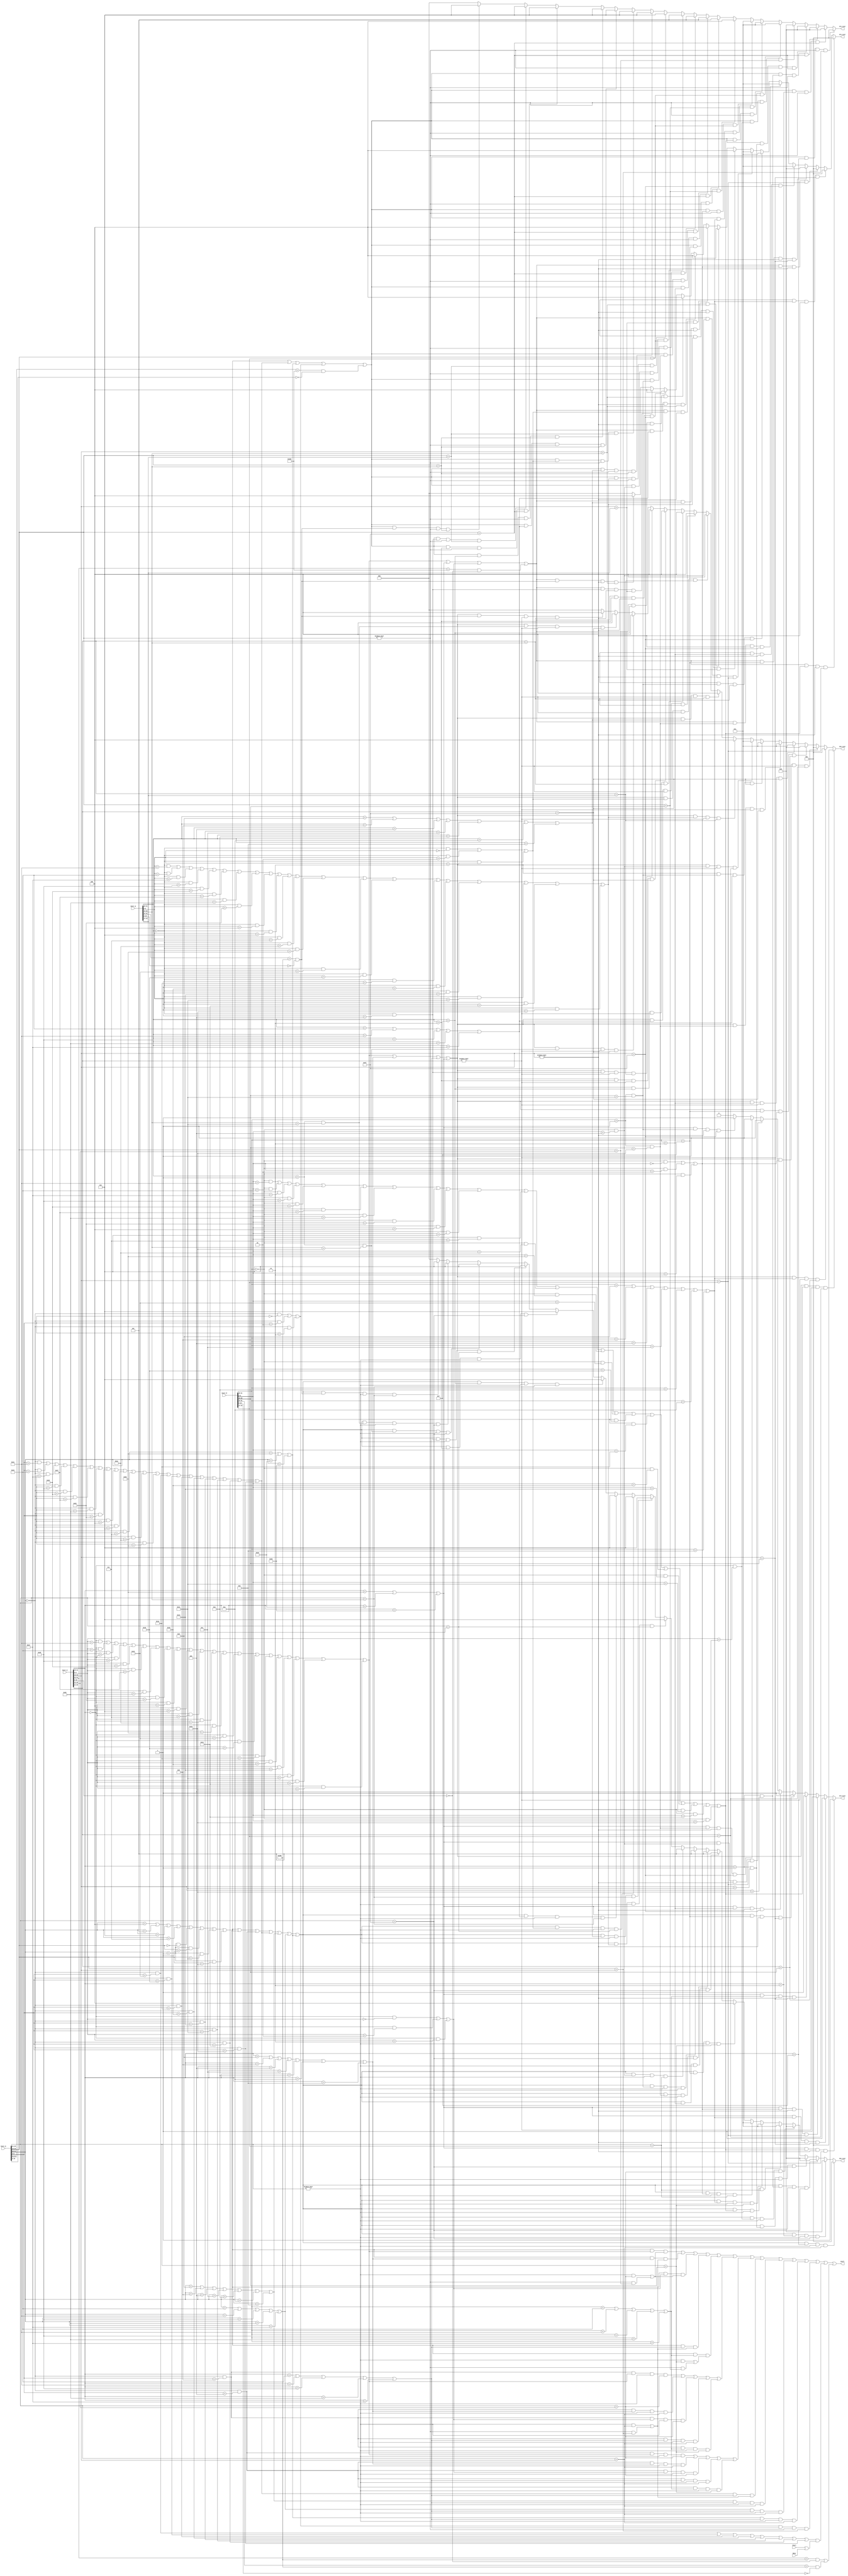
module HZD(
    input [31:0] Instr_D,
    input [31:0] Instr_E,
    input [31:0] Instr_M,
    input [31:0] Instr_W,
	input Busy,
	input Start,
    output [2:0] RS_D_Sel,
    output [2:0] RT_D_Sel,
    output [2:0] RS_E_Sel,
    output [2:0] RT_E_Sel,
	output RT_M_Sel,
    output Stall
);
    `define op 31:26
    `define funct 5:0
    `define imm26 25:0
    `define imm16 15:0
    `define rs 25:21
    `define rt 20:16
    `define rd 15:11
    `define s 10:6

	wire [5:0] Op_D = Instr_D[`op];
	wire [5:0] Funct_D = Instr_D[`funct];
	wire [4:0] rs_D = Instr_D[`rs];
	wire [4:0] rt_D = Instr_D[`rt];

	wire [5:0] Op_E = Instr_E[`op];
	wire [5:0] Funct_E = Instr_E[`funct];
	wire [4:0] rs_E = Instr_E[`rs];
	wire [4:0] rt_E = Instr_E[`rt];
	wire [4:0] rd_E = Instr_E[`rd];

	wire [5:0] Op_M = Instr_M[`op];
	wire [5:0] Funct_M = Instr_M[`funct];
	wire [4:0] rt_M = Instr_M[`rt];
	wire [4:0] rd_M = Instr_M[`rd];

	wire [5:0] Op_W = Instr_W[`op];
	wire [5:0] Funct_W = Instr_W[`funct];
	wire [4:0] rt_W = Instr_W[`rt];
	wire [4:0] rd_W = Instr_W[`rd];
	
	//D instructions
	wire addu_D = (Op_D == 6'b000000 & Funct_D == 6'b100001);
	wire subu_D = (Op_D == 6'b000000 & Funct_D == 6'b100011);
	wire ori_D = (Op_D == 6'b001101);
	wire lui_D = (Op_D == 6'b001111);
	wire j_D = (Op_D == 6'b000010);
	wire jal_D = (Op_D == 6'b000011);
	wire jr_D = (Op_D == 6'b000000 & Funct_D == 6'b001000);
	wire jalr_D = (Op_D == 6'b000000 & Funct_D == 6'b001001);
	wire and_D = (Op_D == 6'b000000 & Funct_D == 6'b100100);
	wire or_D = (Op_D == 6'b000000 & Funct_D == 6'b100101);
	wire xor_D = (Op_D == 6'b000000 & Funct_D == 6'b100110);
	wire nor_D = (Op_D == 6'b000000 & Funct_D == 6'b100111);
	wire add_D = (Op_D == 6'b000000 & Funct_D == 6'b100000);
	wire sub_D = (Op_D == 6'b000000 & Funct_D == 6'b100010);
	wire addi_D = (Op_D == 6'b001000);
	wire addiu_D = (Op_D == 6'b001001);
	wire andi_D = (Op_D == 6'b001100);
	wire xori_D = (Op_D == 6'b001110);
	wire beq_D = (Op_D == 6'b000100);
	wire bne_D = (Op_D == 6'b000101);
	wire blez_D = (Op_D == 6'b000110);
	wire bgtz_D = (Op_D == 6'b000111);
	wire bltz_D = (Op_D == 6'b000001 & rt_D == 5'b00000);
	wire bgez_D = (Op_D == 6'b000001 & rt_D == 5'b00001);
	wire bgezal_D = (Op_D == 6'b000001 && rt_D == 5'b10001);
	wire bltzal_D = (Op_D == 6'b000001 && rt_D == 5'b10000);
	wire sllv_D = (Op_D == 6'b000000 & Funct_D == 6'b000100);
	wire srlv_D = (Op_D == 6'b000000 & Funct_D == 6'b000110);
	wire srav_D = (Op_D == 6'b000000 & Funct_D == 6'b000111);
	wire sll_D = (Op_D == 6'b000000 & Funct_D == 6'b000000);
	wire srl_D = (Op_D == 6'b000000 & Funct_D == 6'b000010);
	wire sra_D = (Op_D == 6'b000000 & Funct_D == 6'b000011);
	wire slt_D = (Op_D == 6'b000000 & Funct_D == 6'b101010);
	wire sltu_D = (Op_D == 6'b000000 & Funct_D == 6'b101011);
	wire slti_D = (Op_D == 6'b001010);
	wire sltiu_D = (Op_D == 6'b001011);
	wire sw_D = (Op_D == 6'b101011);
	wire sh_D = (Op_D == 6'b101001);
	wire sb_D = (Op_D == 6'b101000);
	wire lw_D = (Op_D == 6'b100011);
	wire lh_D = (Op_D == 6'b100001);
	wire lhu_D = (Op_D == 6'b100101);
	wire lb_D = (Op_D == 6'b100000);
	wire lbu_D = (Op_D == 6'b100100);
	wire mult_D = (Op_D == 6'b000000 & Funct_D == 6'b011000);
	wire multu_D = (Op_D == 6'b000000 & Funct_D == 6'b011001);
	wire div_D = (Op_D == 6'b000000 & Funct_D == 6'b011010);
	wire divu_D = (Op_D == 6'b000000 & Funct_D == 6'b011011);
	wire mtlo_D = (Op_D == 6'b000000 & Funct_D == 6'b010011);
	wire mthi_D = (Op_D == 6'b000000 & Funct_D == 6'b010001);
	wire mflo_D = (Op_D == 6'b000000 & Funct_D == 6'b010010);
	wire mfhi_D = (Op_D == 6'b000000 & Funct_D == 6'b010000);
	wire mfc0_D = (Instr_D[31:21] == 11'b01000000000 && Instr_D[10:0] == 11'b00000000000);
	wire mtc0_D = (Instr_D[31:21] == 11'b01000000100 && Instr_D[10:0] == 11'b00000000000); 
	//E instructions
	wire addu_E = (Op_E == 6'b000000 & Funct_E == 6'b100001);
	wire subu_E = (Op_E == 6'b000000 & Funct_E == 6'b100011);
	wire ori_E = (Op_E == 6'b001101);
	wire lui_E = (Op_E == 6'b001111);
	wire j_E = (Op_E == 6'b000010);
	wire jal_E = (Op_E == 6'b000011);
	wire jr_E = (Op_E == 6'b000000 & Funct_E == 6'b001000);
	wire jalr_E = (Op_E == 6'b000000 & Funct_E == 6'b001001);
	wire and_E = (Op_E == 6'b000000 & Funct_E == 6'b100100);
	wire or_E = (Op_E == 6'b000000 & Funct_E == 6'b100101);
	wire xor_E = (Op_E == 6'b000000 & Funct_E == 6'b100110);
	wire nor_E = (Op_E == 6'b000000 & Funct_E == 6'b100111);
	wire add_E = (Op_E == 6'b000000 & Funct_E == 6'b100000);
	wire sub_E = (Op_E == 6'b000000 & Funct_E == 6'b100010);
	wire addi_E = (Op_E == 6'b001000);
	wire addiu_E = (Op_E == 6'b001001);
	wire andi_E = (Op_E == 6'b001100);
	wire xori_E = (Op_E == 6'b001110);
	wire beq_E = (Op_E == 6'b000100);
	wire bne_E = (Op_E == 6'b000101);
	wire blez_E = (Op_E == 6'b000110);
	wire bgtz_E = (Op_E == 6'b000111);
	wire bltz_E = (Op_E == 6'b000001 & rt_E == 5'b00000);
	wire bgez_E = (Op_E == 6'b000001 & rt_E == 5'b00001);
	wire bgezal_E = (Op_E == 6'b000001 && rt_E == 5'b10001);
	wire bltzal_E = (Op_E == 6'b000001 && rt_E == 5'b10000);
	wire sllv_E = (Op_E == 6'b000000 & Funct_E == 6'b000100);
	wire srlv_E = (Op_E == 6'b000000 & Funct_E == 6'b000110);
	wire srav_E = (Op_E == 6'b000000 & Funct_E == 6'b000111);
	wire sll_E = (Op_E == 6'b000000 & Funct_E == 6'b000000);
	wire srl_E = (Op_E == 6'b000000 & Funct_E == 6'b000010);
	wire sra_E = (Op_E == 6'b000000 & Funct_E == 6'b000011);
	wire slt_E = (Op_E == 6'b000000 & Funct_E == 6'b101010);
	wire sltu_E = (Op_E == 6'b000000 & Funct_E == 6'b101011);
	wire slti_E = (Op_E == 6'b001010);
	wire sltiu_E = (Op_E == 6'b001011);
	wire sw_E = (Op_E == 6'b101011);
	wire sh_E = (Op_E == 6'b101001);
	wire sb_E = (Op_E == 6'b101000);
	wire lw_E = (Op_E == 6'b100011);
	wire lh_E = (Op_E == 6'b100001);
	wire lhu_E = (Op_E == 6'b100101);
	wire lb_E = (Op_E == 6'b100000);
	wire lbu_E = (Op_E == 6'b100100);
	wire mult_E = (Op_E == 6'b000000 & Funct_E == 6'b011000);
	wire multu_E = (Op_E == 6'b000000 & Funct_E == 6'b011001);
	wire div_E = (Op_E == 6'b000000 & Funct_E == 6'b011010);
	wire divu_E = (Op_E == 6'b000000 & Funct_E == 6'b011011);
	wire mtlo_E = (Op_E == 6'b000000 & Funct_E == 6'b010011);
	wire mthi_E = (Op_E == 6'b000000 & Funct_E == 6'b010001);
	wire mflo_E = (Op_E == 6'b000000 & Funct_E == 6'b010010);
	wire mfhi_E = (Op_E == 6'b000000 & Funct_E == 6'b010000);
	wire mfc0_E = (Instr_E[31:21] == 11'b01000000000 && Instr_E[10:0] == 11'b00000000000);
	wire mtc0_E = (Instr_E[31:21] == 11'b01000000100 && Instr_E[10:0] == 11'b00000000000);
	//M instructions
	wire addu_M = (Op_M == 6'b000000 & Funct_M == 6'b100001);
	wire subu_M = (Op_M == 6'b000000 & Funct_M == 6'b100011);
	wire ori_M = (Op_M == 6'b001101);
	wire lui_M = (Op_M == 6'b001111);
	wire j_M = (Op_M == 6'b000010);
	wire jal_M = (Op_M == 6'b000011);
	wire jr_M = (Op_M == 6'b000000 & Funct_M == 6'b001000);
	wire jalr_M = (Op_M == 6'b000000 & Funct_M == 6'b001001);
	wire and_M = (Op_M == 6'b000000 & Funct_M == 6'b100100);
	wire or_M = (Op_M == 6'b000000 & Funct_M == 6'b100101);
	wire xor_M = (Op_M == 6'b000000 & Funct_M == 6'b100110);
	wire nor_M = (Op_M == 6'b000000 & Funct_M == 6'b100111);
	wire add_M = (Op_M == 6'b000000 & Funct_M == 6'b100000);
	wire sub_M = (Op_M == 6'b000000 & Funct_M == 6'b100010);
	wire addi_M = (Op_M == 6'b001000);
	wire addiu_M = (Op_M == 6'b001001);
	wire andi_M = (Op_M == 6'b001100);
	wire xori_M = (Op_M == 6'b001110);
	wire beq_M = (Op_M == 6'b000100);
	wire bne_M = (Op_M == 6'b000101);
	wire blez_M = (Op_M == 6'b000110);
	wire bgtz_M = (Op_M == 6'b000111);
	wire bltz_M = (Op_M == 6'b000001 & rt_M == 5'b00000);
	wire bgez_M = (Op_M == 6'b000001 & rt_M == 5'b00001);
	wire bgezal_M = (Op_M == 6'b000001 && rt_M == 5'b10001);
	wire bltzal_M = (Op_M == 6'b000001 && rt_M == 5'b10000);
	wire sllv_M = (Op_M == 6'b000000 & Funct_M == 6'b000100);
	wire srlv_M = (Op_M == 6'b000000 & Funct_M == 6'b000110);
	wire srav_M = (Op_M == 6'b000000 & Funct_M == 6'b000111);
	wire sll_M = (Op_M == 6'b000000 & Funct_M == 6'b000000);
	wire srl_M = (Op_M == 6'b000000 & Funct_M == 6'b000010);
	wire sra_M = (Op_M == 6'b000000 & Funct_M == 6'b000011);
	wire slt_M = (Op_M == 6'b000000 & Funct_M == 6'b101010);
	wire sltu_M = (Op_M == 6'b000000 & Funct_M == 6'b101011);
	wire slti_M = (Op_M == 6'b001010);
	wire sltiu_M = (Op_M == 6'b001011);
	wire sw_M = (Op_M == 6'b101011);
	wire sh_M = (Op_M == 6'b101001);
	wire sb_M = (Op_M == 6'b101000);
	wire lw_M = (Op_M == 6'b100011);
	wire lh_M = (Op_M == 6'b100001);
	wire lhu_M = (Op_M == 6'b100101);
	wire lb_M = (Op_M == 6'b100000);
	wire lbu_M = (Op_M == 6'b100100);
	wire mult_M = (Op_M == 6'b000000 & Funct_M == 6'b011000);
	wire multu_M = (Op_M == 6'b000000 & Funct_M == 6'b011001);
	wire div_M = (Op_M == 6'b000000 & Funct_M == 6'b011010);
	wire divu_M = (Op_M == 6'b000000 & Funct_M == 6'b011011);
	wire mtlo_M = (Op_M == 6'b000000 & Funct_M == 6'b010011);
	wire mthi_M = (Op_M == 6'b000000 & Funct_M == 6'b010001);
	wire mflo_M = (Op_M == 6'b000000 & Funct_M == 6'b010010);
	wire mfhi_M = (Op_M == 6'b000000 & Funct_M == 6'b010000);
	wire mfc0_M = (Instr_M[31:21] == 11'b01000000000 && Instr_M[10:0] == 11'b00000000000);
	wire mtc0_M = (Instr_M[31:21] == 11'b01000000100 && Instr_M[10:0] == 11'b00000000000);
	//W instructions
	wire addu_W = (Op_W == 6'b000000 & Funct_W == 6'b100001);
	wire subu_W = (Op_W == 6'b000000 & Funct_W == 6'b100011);
	wire ori_W = (Op_W == 6'b001101);
	wire lui_W = (Op_W == 6'b001111);
	wire j_W = (Op_W == 6'b000010);
	wire jal_W = (Op_W == 6'b000011);
	wire jr_W = (Op_W == 6'b000000 & Funct_W == 6'b001000);
	wire jalr_W = (Op_W == 6'b000000 & Funct_W == 6'b001001);
	wire and_W = (Op_W == 6'b000000 & Funct_W == 6'b100100);
	wire or_W = (Op_W == 6'b000000 & Funct_W == 6'b100101);
	wire xor_W = (Op_W == 6'b000000 & Funct_W == 6'b100110);
	wire nor_W = (Op_W == 6'b000000 & Funct_W == 6'b100111);
	wire add_W = (Op_W == 6'b000000 & Funct_W == 6'b100000);
	wire sub_W = (Op_W == 6'b000000 & Funct_W == 6'b100010);
	wire addi_W = (Op_W == 6'b001000);
	wire addiu_W = (Op_W == 6'b001001);
	wire andi_W = (Op_W == 6'b001100);
	wire xori_W = (Op_W == 6'b001110);
	wire beq_W = (Op_W == 6'b000100);
	wire bne_W = (Op_W == 6'b000101);
	wire blez_W = (Op_W == 6'b000110);
	wire bgtz_W = (Op_W == 6'b000111);
	wire bltz_W = (Op_W == 6'b000001 & rt_W == 5'b00000);
	wire bgez_W = (Op_W == 6'b000001 & rt_W == 5'b00001);
	wire bgezal_W = (Op_W == 6'b000001 && rt_W == 5'b10001);
	wire bltzal_W = (Op_W == 6'b000001 && rt_W == 5'b10000);
	wire sllv_W = (Op_W == 6'b000000 & Funct_W == 6'b000100);
	wire srlv_W = (Op_W == 6'b000000 & Funct_W == 6'b000110);
	wire srav_W = (Op_W == 6'b000000 & Funct_W == 6'b000111);
	wire sll_W = (Op_W == 6'b000000 & Funct_W == 6'b000000);
	wire srl_W = (Op_W == 6'b000000 & Funct_W == 6'b000010);
	wire sra_W = (Op_W == 6'b000000 & Funct_W == 6'b000011);
	wire slt_W = (Op_W == 6'b000000 & Funct_W == 6'b101010);
	wire sltu_W = (Op_W == 6'b000000 & Funct_W == 6'b101011);
	wire slti_W = (Op_W == 6'b001010);
	wire sltiu_W = (Op_W == 6'b001011);
	wire sw_W = (Op_W == 6'b101011);
	wire sh_W = (Op_W == 6'b101001);
	wire sb_W = (Op_W == 6'b101000);
	wire lw_W = (Op_W == 6'b100011);
	wire lh_W = (Op_W == 6'b100001);
	wire lhu_W = (Op_W == 6'b100101);
	wire lb_W = (Op_W == 6'b100000);
	wire lbu_W = (Op_W == 6'b100100);
	wire mult_W = (Op_W == 6'b000000 & Funct_W == 6'b011000);
	wire multu_W = (Op_W == 6'b000000 & Funct_W == 6'b011001);
	wire div_W = (Op_W == 6'b000000 & Funct_W == 6'b011010);
	wire divu_W = (Op_W == 6'b000000 & Funct_W == 6'b011011);
	wire mtlo_W = (Op_W == 6'b000000 & Funct_W == 6'b010011);
	wire mthi_W = (Op_W == 6'b000000 & Funct_W == 6'b010001);
	wire mflo_W = (Op_W == 6'b000000 & Funct_W == 6'b010010);
	wire mfhi_W = (Op_W == 6'b000000 & Funct_W == 6'b010000);
	wire mfc0_W = (Instr_W[31:21] == 11'b01000000000 && Instr_W[10:0] == 11'b00000000000);
	wire mtc0_W = (Instr_W[31:21] == 11'b01000000100 && Instr_W[10:0] == 11'b00000000000); 
	//D classes
	wire Cal_r_D = addu_D | subu_D | and_D | or_D | xor_D | nor_D | add_D | sub_D | sllv_D | srlv_D | srav_D | slt_D | sltu_D | mult_D | multu_D | div_D | divu_D | mtlo_D | mthi_D | mflo_D | mfhi_D;
	wire Cal_i_D = ori_D | addi_D | addiu_D | andi_D | xori_D | slti_D | sltiu_D;
	wire Lui_D = lui_D;
	wire Load_D = lw_D | lh_D | lhu_D | lb_D | lbu_D;
	wire Store_D = sw_D | sh_D | sb_D;
	wire Branch_D = beq_D | bne_D | blez_D | bgtz_D | bltz_D | bgez_D | bgezal_D | bltzal_D;
	wire Jal_D = jal_D;
	wire Jr_D = jr_D;
	wire Jalr_D = jalr_D;
	wire Shift_D = sll_D | srl_D | sra_D;
	
	//E classes
	wire Cal_r_E = addu_E | subu_E | and_E | or_E | xor_E | nor_E | add_E | sub_E | sllv_E | srlv_E | srav_E | slt_E | sltu_E | mult_E | multu_E | div_E | divu_E | mtlo_E | mthi_E | mflo_E | mfhi_E;
	wire Cal_i_E = ori_E | addi_E | addiu_E | andi_E | xori_E | slti_E | sltiu_E;
	wire Lui_E = lui_E;
	wire Load_E = lw_E | lh_E | lhu_E | lb_E | lbu_E;
	wire Store_E = sw_E | sh_E | sb_E;
	wire Branch_E = beq_E | bne_E | blez_E | bgtz_E | bltz_E | bgez_E| bgezal_E | bltzal_E;
	wire Jal_E = jal_E;
	wire Jr_E = jr_E;
	wire Jalr_E = jalr_E;
	wire Shift_E = sll_E | srl_E | sra_E;
	
	//M classes
	wire Cal_r_M = addu_M | subu_M | and_M | or_M | xor_M | nor_M | add_M | sub_M | sllv_M | srlv_M | srav_M | slt_M | sltu_M | mult_M | multu_M | div_M | divu_M | mtlo_M | mthi_M | mflo_M | mfhi_M;
	wire Cal_i_M = ori_M | addi_M | addiu_M | andi_M | xori_M | slti_M | sltiu_M;
	wire Lui_M = lui_M;
	wire Load_M = lw_M | lh_M | lhu_M | lb_M | lbu_M;
	wire Store_M = sw_M | sh_M | sb_M;
	wire Branch_M = beq_M | bne_M | blez_M | bgtz_M | bltz_M | bgez_M| bgezal_M | bltzal_M;
	wire Jal_M = jal_M;
	wire Jr_M = jr_M;
	wire Jalr_M = jalr_M;
	wire Shift_M = sll_M | srl_M | sra_M;
	
	//W classes
	wire Cal_r_W = addu_W | subu_W | and_W | or_W | xor_W | nor_W | add_W | sub_W | sllv_W | srlv_W | srav_W | slt_W | sltu_W | mult_W | multu_W | div_W | divu_W | mtlo_W | mthi_W | mflo_W | mfhi_W;
	wire Cal_i_W = ori_W | addi_W | addiu_W | andi_W | xori_W | slti_W | sltiu_W;
	wire Lui_W = lui_W;
	wire Load_W = lw_W | lh_W | lhu_W | lb_W | lbu_W;
	wire Store_W = sw_W | sh_W | sb_W;
	wire Branch_W = beq_W | bne_W | blez_W | bgtz_W | bltz_W | bgez_W| bgezal_W | bltzal_W;
	wire Jal_W = jal_W;
	wire Jr_W = jr_W;
	wire Jalr_W = jalr_W;
	wire Shift_W = sll_W | srl_W | sra_W;
	
	
	////////////////////////////// stall ////////////////////////////////
	
	
	wire Stall_Branch = (
		(Branch_D & Cal_r_E & ((rs_D != 0 & rs_D == rd_E) | (rt_D != 0 & rt_D == rd_E))) |
		(Branch_D & Cal_i_E & ((rs_D != 0 & rs_D == rt_E) | (rt_D != 0 & rt_D == rt_E))) |
		(Branch_D & Shift_E & ((rs_D != 0 & rs_D == rd_E) | (rt_D != 0 & rt_D == rd_E))) |
		(Branch_D & Load_E & ((rs_D != 0 & rs_D == rt_E) | (rt_D != 0 & rt_D == rt_E))) |
		(Branch_D & Load_M & ((rs_D != 0 & rs_D == rt_M) | (rt_D != 0 & rt_D == rt_M)))
		);
		
	wire Stall_Jr = (
		(Jr_D & Cal_r_E & rs_D != 0 & rs_D == rd_E) |
		(Jr_D & Cal_i_E & rs_D != 0 & rs_D == rt_E) |
		(Jr_D & Shift_E & rs_D != 0 & rs_D == rd_E) |
		(Jr_D & Load_E & rs_D != 0 & rs_D == rt_E) |
		(Jr_D & Load_M & rs_D != 0 & rs_D == rt_M)
		);
		
	wire Stall_Jalr = (
		(Jalr_D & Cal_r_E & rs_D != 0 & rs_D == rd_E) |
		(Jalr_D & Cal_i_E & rs_D != 0 & rs_D == rt_E) |
		(Jalr_D & Shift_E & rs_D != 0 & rs_D == rd_E) |
		(Jalr_D & Load_E & rs_D != 0 & rs_D == rt_E) |
		(Jalr_D & Load_M & rs_D != 0 & rs_D == rt_M)
		);
	
	wire Stall_Cal_r = (
		(Cal_r_D & Load_E & ((rs_D != 0 & rs_D == rt_E) | (rt_D != 0 & rt_D == rt_E)))
		);
	
	wire Stall_Cal_i = (
		(Cal_i_D & Load_E & rs_D != 0 & rs_D == rt_E)
		);
		
	wire Stall_Load = (
		(Load_D & Load_E & rs_D != 0 & rs_D == rt_E)
		);
	
	wire Stall_Store = (
		(Store_D & Load_E & rs_D != 0 & rs_D == rt_E)
		);
	
	wire Stall_Shift = (
		(Shift_D & Load_E & rt_D != 0 & rt_D == rt_E)
		);
	wire Stall_MFC0 = (
		mfc0_E | mfc0_M
	);
	wire MultDiv_D = mult_D | multu_D | div_D | divu_D | mtlo_D | mthi_D | mflo_D | mfhi_D;
	wire Stall_MultDiv = MultDiv_D & (Start | Busy);
	
	assign Stall = Stall_Branch | Stall_Jr | Stall_Jalr | Stall_Cal_r | Stall_Cal_i | Stall_Load | Stall_Store | Stall_Shift | Stall_MultDiv | Stall_MFC0;
	
	
	/////////////////////////// forward /////////////////////////////
	
	
	assign Demander_rs_D = Branch_D | Jr_D | Jalr_D | Cal_r_D | Cal_i_D | Load_D | Store_D;
	assign Demander_rt_D = Branch_D | Cal_r_D | Store_D | Shift_D | mtc0_D;
	assign Demander_rs_E = Cal_r_E | Cal_i_E | Load_E | Store_E;
	assign Demander_rt_E = Cal_r_E | Store_E | Shift_E | mtc0_E;
	assign Demander_rt_M = Store_E;
	
	assign RS_D_Sel =
		(Demander_rs_D & Lui_E & rs_D != 0 & rs_D == rt_E) ? 1 :
		(Demander_rs_D & Jal_E & rs_D != 0 & rs_D == 31) ? 2 :
		(Demander_rs_D & bltzal_E & rs_D != 0 & rs_D == 31) ? 2 :
		(Demander_rs_D & bgezal_E & rs_D != 0 & rs_D == 31) ? 2 :
		(Demander_rs_D & Jalr_E & rs_D != 0 & rs_D == rd_E) ? 2 :
		(Demander_rs_D & Cal_r_M & rs_D != 0 & rs_D == rd_M) ? 3 :
		(Demander_rs_D & Cal_i_M & rs_D != 0 & rs_D == rt_M) ? 3 :
		(Demander_rs_D & Shift_M & rs_D != 0 & rs_D == rd_M) ? 3 :
		(Demander_rs_D & Lui_M & rs_D != 0 & rs_D == rt_M) ? 4 :
		(Demander_rs_D & Jal_M & rs_D != 0 & rs_D == 31) ? 5 :
		(Demander_rs_D & bltzal_M & rs_D != 0 & rs_D == 31) ? 5 :
		(Demander_rs_D & bgezal_M & rs_D != 0 & rs_D == 31) ? 5 :
		(Demander_rs_D & Jalr_M & rs_D != 0 & rs_D == rd_M) ? 5 :
		(Demander_rs_D & Cal_r_W & rs_D != 0 & rs_D == rd_W) ? 6 :
		(Demander_rs_D & Cal_i_W & rs_D != 0 & rs_D == rt_W) ? 6 :
		(Demander_rs_D & Shift_W & rs_D != 0 & rs_D == rd_W) ? 6 :
		(Demander_rs_D & Load_W & rs_D != 0 & rs_D == rt_W) ? 6 :
		(Demander_rs_D & Lui_W & rs_D != 0 & rs_D == rt_W) ? 6 :
		(Demander_rs_D & Jal_W & rs_D != 0 & rs_D == 31) ? 6 :
		(Demander_rs_D & Jalr_W & rs_D != 0 & rs_D == rd_W) ? 6 :
		(Demander_rs_D & bltzal_W & rs_D != 0 & rs_D == 31) ? 6 :
		(Demander_rs_D & bgezal_W & rs_D != 0 & rs_D == 31) ? 6 :
		(Demander_rs_D & mfc0_W & rs_D !=0 & rs_D == rt_W) ? 6 :
		0;
	
	assign RT_D_Sel = 
		(Demander_rt_D & Lui_E & rt_D != 0 & rt_D == rt_E) ? 1 :
		(Demander_rt_D & Jal_E & rt_D != 0 & rt_D == 31) ? 2 :
		(Demander_rt_D & bltzal_E & rt_D != 0 & rt_D == 31) ? 2 :
		(Demander_rt_D & bgezal_E & rt_D != 0 & rt_D == 31) ? 2 :
		(Demander_rt_D & Jalr_E & rt_D != 0 & rt_D == rd_E) ? 2 :
		(Demander_rt_D & Cal_r_M & rt_D != 0 & rt_D == rd_M) ? 3 :
		(Demander_rt_D & Cal_i_M & rt_D != 0 & rt_D == rt_M) ? 3 :
		(Demander_rt_D & Shift_M & rt_D != 0 & rt_D == rd_M) ? 3 :
		(Demander_rt_D & Lui_M & rt_D != 0 & rt_D == rt_M) ? 4 :
		(Demander_rt_D & Jal_M & rt_D != 0 & rt_D == 31) ? 5 :
		(Demander_rt_D & bltzal_M & rt_D != 0 & rt_D == 31) ? 5 :
		(Demander_rt_D & bgezal_M & rt_D != 0 & rt_D == 31) ? 5 :
		(Demander_rt_D & Jalr_M & rt_D != 0 & rt_D == rd_M) ? 5 :
		(Demander_rt_D & Cal_r_W & rt_D != 0 & rt_D == rd_W) ? 6 :
		(Demander_rt_D & Cal_i_W & rt_D != 0 & rt_D == rt_W) ? 6 :
		(Demander_rt_D & Shift_W & rt_D != 0 & rt_D == rd_W) ? 6 :
		(Demander_rt_D & Load_W & rt_D != 0 & rt_D == rt_W) ? 6 :
		(Demander_rt_D & Lui_W & rt_D != 0 & rt_D == rt_W) ? 6 :
		(Demander_rt_D & Jal_W & rt_D != 0 & rt_D == 31) ? 6 :
		(Demander_rt_D & Jalr_W & rt_D != 0 & rt_D == rd_W) ? 6 :
		//(Demander_rs_D & bltzal_W & rt_D != 0 & rt_D == 31) ? 6 :
		//(Demander_rs_D & bgezal_W & rt_D != 0 & rt_D == 31) ? 6 :
		(Demander_rt_D & mfc0_W & rt_D !=0 & rt_D == rt_W) ? 6 :
		0;
	
	assign RS_E_Sel = 
		(Demander_rs_E & Cal_r_M & rs_E != 0 & rs_E == rd_M) ? 1 :
		(Demander_rs_E & Cal_i_M & rs_E != 0 & rs_E == rt_M) ? 1 :
		(Demander_rs_E & Shift_M & rs_E != 0 & rs_E == rd_M) ? 1 :
		(Demander_rs_E & Lui_M & rs_E != 0 & rs_E == rt_M) ? 2 :
		(Demander_rs_E & Jal_M & rs_E != 0 & rs_E == 31) ? 3 :
		(Demander_rs_E & bltzal_M & rs_E != 0 & rs_E == 31) ? 3 :
		(Demander_rs_E & bgezal_M & rs_E != 0 & rs_E == 31) ? 3 :
		(Demander_rs_E & Jalr_M & rs_E != 0 & rs_E == rd_M) ? 3 :
		(Demander_rs_E & Cal_r_W & rs_E != 0 & rs_E == rd_W) ? 4 :
		(Demander_rs_E & Cal_i_W & rs_E != 0 & rs_E == rt_W) ? 4 :
		(Demander_rs_E & Shift_W & rs_E != 0 & rs_E == rd_W) ? 4 :
		(Demander_rs_E & Load_W & rs_E != 0 & rs_E == rt_W) ? 4 :
		(Demander_rs_E & Lui_W & rs_E != 0 & rs_E == rt_W) ? 4: 
		(Demander_rs_E & Jal_W & rs_E != 0 & rs_E == 31) ? 4 :
		(Demander_rs_E & Jalr_W & rs_E != 0 & rs_E == rd_W) ? 4 :
		(Demander_rs_E & bltzal_W & rs_E != 0 & rs_E == 31) ? 4 :
		(Demander_rs_E & bgezal_W & rs_E != 0 & rs_E == 31) ? 4 :
		(Demander_rs_E & mfc0_W & rs_E !=0 & rs_E == rt_W) ? 4 :
		0;
		
	assign RT_E_Sel = 
		(Demander_rt_E & Cal_r_M & rt_E != 0 & rt_E == rd_M) ? 1 :
		(Demander_rt_E & Cal_i_M & rt_E != 0 & rt_E == rt_M) ? 1 :
		(Demander_rt_E & Shift_M & rt_E != 0 & rt_E == rd_M) ? 1 :
		(Demander_rt_E & Lui_M & rt_E != 0 & rt_E == rt_M) ? 2 :
		(Demander_rt_E & Jal_M & rt_E != 0 & rt_E == 31) ? 3 :
		(Demander_rt_E & bltzal_M & rt_E != 0 & rt_E == 31) ? 3 :
		(Demander_rt_E & bgezal_M & rt_E != 0 & rt_E == 31) ? 3 :
		(Demander_rt_E & Jalr_M & rt_E != 0 & rt_E == rd_M) ? 3 :
		(Demander_rt_E & Cal_r_W & rt_E != 0 & rt_E == rd_W) ? 4 :
		(Demander_rt_E & Cal_i_W & rt_E != 0 & rt_E == rt_W) ? 4 :
		(Demander_rt_E & Shift_W & rt_E != 0 & rt_E == rd_W) ? 4 :
		(Demander_rt_E & Load_W & rt_E != 0 & rt_E == rt_W) ? 4 :
		(Demander_rt_E & Lui_W & rt_E != 0 & rt_E == rt_W) ? 4 :
		(Demander_rt_E & Jal_W & rt_E != 0 & rt_E == 31) ? 4 :
		(Demander_rt_E & Jalr_W & rt_E != 0 & rt_E == rd_W) ? 4 :	
		//(Demander_rs_E & bltzal_W & rt_E != 0 & rt_E == 31) ? 4 :
		//(Demander_rs_E & bgezal_W & rt_E != 0 & rt_E == 31) ? 4 :
		(Demander_rt_E & mfc0_W & rt_E !=0 & rt_E == rt_W) ? 4 :
		0;
	
	assign RT_M_Sel = 
		(Demander_rt_M & Cal_r_M & rt_E != 0 & rt_E == rd_M) ? 1 :
		(Demander_rt_M & Cal_i_M & rt_E != 0 & rt_E == rt_M) ? 1 :
		(Demander_rt_M & Shift_M & rt_E != 0 & rt_E == rd_M) ? 1 :
		(Demander_rt_M & Load_M & rt_E != 0 & rt_E == rt_M) ? 1 :
		(Demander_rt_M & Lui_M & rt_E != 0 & rt_E == rt_M) ? 1 :
		(Demander_rt_M & Jal_M & rt_E != 0 & rt_E == 31) ? 1 :
		(Demander_rt_M & Jalr_M & rt_E != 0 & rt_E == rd_M) ? 1 :
		(Demander_rt_M & bltzal_M & rt_E != 0 & rt_E == 31) ? 1 :
		(Demander_rt_M & bgezal_M & rt_E != 0 & rt_E == 31) ? 1 :
		0;
		
endmodule